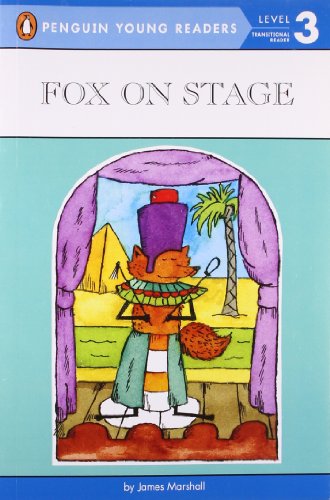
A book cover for Fox on Stage (Penguin Young Readers, Level 3); James Marshall; Children's Books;